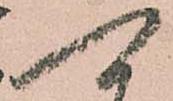
可